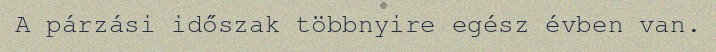
A párzási időszak többnyire egész évben van.